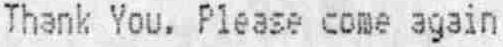
THANK YOU. PLEASE COME AGAIN